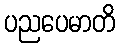
ပညပေမာတိ